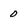
Character: 0